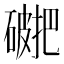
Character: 𥖖